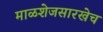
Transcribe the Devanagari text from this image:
माळशेजसारखेच